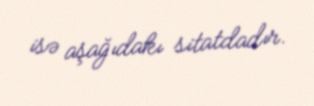
isə aşağıdakı sitatdadır.